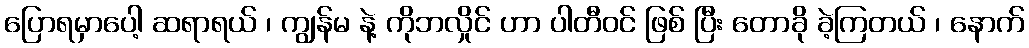
ပြောရမှာပေါ့ ဆရာရယ် ၊ ကျွန်မ နဲ့ ကိုဘလှိုင် ဟာ ပါတီဝင် ဖြစ် ပြီး တောခို ခဲ့ကြတယ် ၊ နောက်